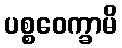
ပစ္စဝေက္ခာမိ